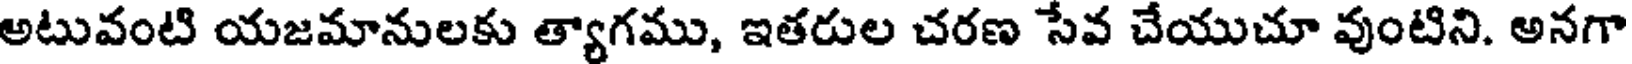
అటువంటి యజమానులకు త్యాగము, ఇతరుల చరణ సేవ చేయుచూ వుంటిని. అనగా